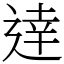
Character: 逹